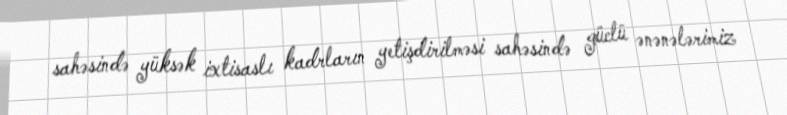
sahəsində yüksək ixtisaslı kadrların yetişdirilməsi sahəsində güclü ənənələrimiz